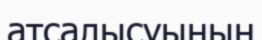
атсалысуының